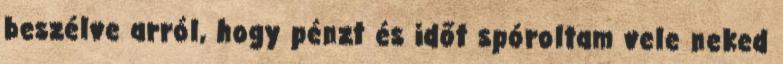
beszélve arról, hogy pénzt és időt spóroltam vele neked